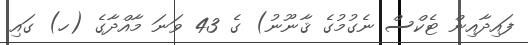
ފައިދާއިން ޓެކްސް ނެގުމުގެ ޤާނޫނު) ގެ 43 ވަނަ މާއްދާގެ (ހ) ގައި